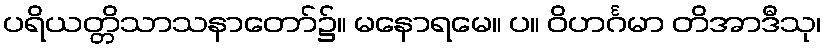
ပရိယတ္တိသာသနာတော်၌။ မနောရမေ။ ပ။ ဝိဟင်္ဂမာ တိအာဒီသု၊